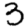
Digit: 3